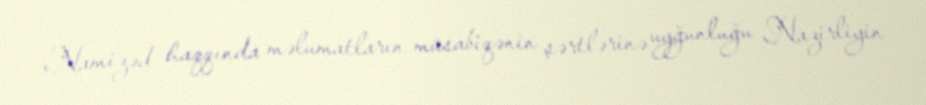
Namizəd haqqında məlumatların müsabiqənin şərtlərinə uyğunluğu Nazirliyin